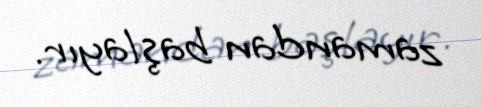
zamandan başlayır.